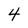
Character: 4